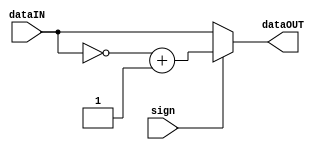
module dataConv(
    input [7:0] dataIN,
    input sign,
    output [7:0] dataOUT
    );
    
    reg [7:0] dataOUT;
    
    always @(*) begin
       if (sign==0)
          dataOUT = dataIN;
       else
          dataOUT=~dataIN+1;
    end
endmodule